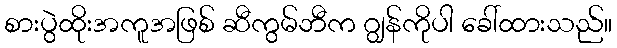
စားပွဲထိုးအကူအဖြစ် ဆီကွမ်ဘီက ဂျွန်ကိုပါ ခေါ်ထားသည်။